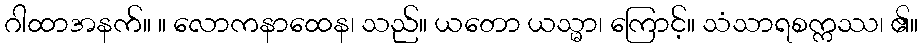
ဂါထာအနက်။ ။ လောကနာထေန၊ သည်။ ယတော ယသ္မာ၊ ကြောင့်။ သံသာရစက္ကဿ၊ ၏။